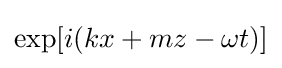
\exp[i(kx+mz-\omega t)]